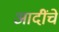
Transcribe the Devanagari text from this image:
आदींंचे